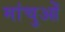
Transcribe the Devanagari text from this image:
मांचुओं